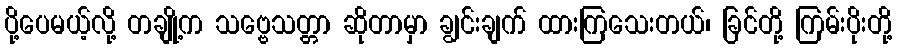
ပို့ပေမယ့်လို့ တချို့က သဗ္ဗေသတ္တာ ဆိုတာမှာ ချွင်းချက် ထားကြသေးတယ်၊ ခြင်တို့ ကြမ်းပိုးတို့